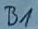
Text: B1